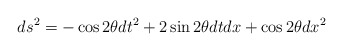
\begin{align*}ds^2 = - \cos 2 \theta dt^2 + 2 \sin 2 \theta dt dx + \cos 2 \theta dx^2 \end{align*}